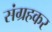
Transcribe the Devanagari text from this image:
संग्रहकर